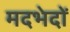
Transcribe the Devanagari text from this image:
मदभेदों